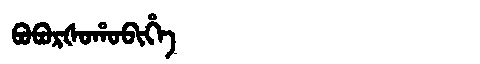
Manchu: ᠪᠣᠪᠣᡵᡧᠣᡥᠣᠪᡳᡥᡝ
Romanization: BOBORŠOHOBIHE